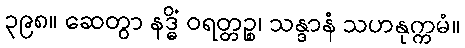
၃၉၈။ ဆေတွာ နဒ္ဓိံ ဝရတ္တဉ္စ၊ သန္ဒာနံ သဟနုက္ကမံ။